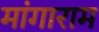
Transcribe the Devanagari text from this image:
मांगाराम